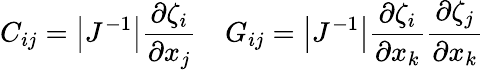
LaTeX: C_{ij}=\left|J^{-1}\right|\frac{\partial\zeta_{i}}{\partial x_{j}}\quad G_{ij}=\left|J^{-1}\right|\frac{\partial\zeta_{i}}{\partial x_{k}}\frac{\partial\zeta_{j}}{\partial x_{k}}